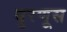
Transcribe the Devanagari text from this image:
बुरणूस